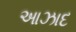
આઝાદ